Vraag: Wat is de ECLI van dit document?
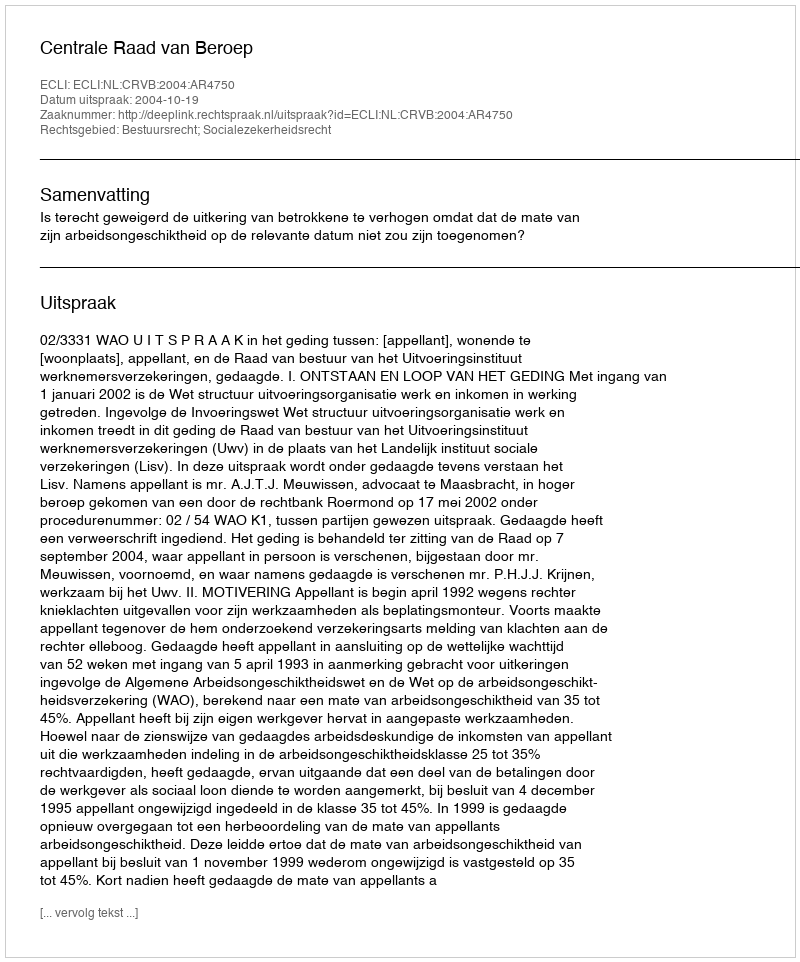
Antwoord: ECLI:NL:CRVB:2004:AR4750